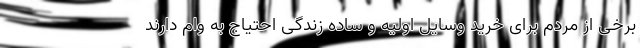
برخی از مردم برای خرید وسایل اولیه و ساده زندگی احتیاج به وام دارند